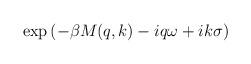
LaTeX: \begin{align*}\exp\left(-\beta M(q,k)-iq\omega + ik \sigma\right) \end{align*}